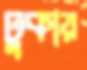
ঢুকায়